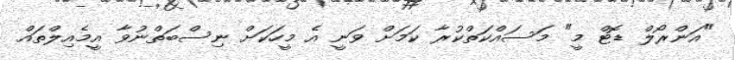
"އަންރޯލް ޑޮޓް މީ" މަސައްކަތްކުރާ ކަމަށް ވަނީ އެ މީހަކަށް ނިސްބަތްނުވާ އީމެއިލްތައް